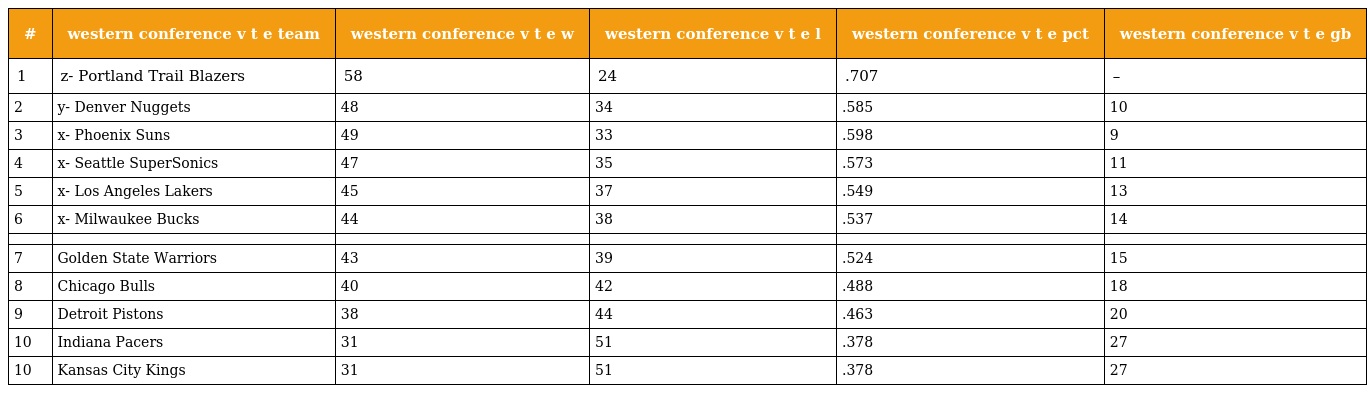
| # | western conference v t e team | western conference v t e w | western conference v t e l | western conference v t e pct | western conference v t e gb |
 | --- | --- | --- | --- | --- | --- |
 | 1 | z- Portland Trail Blazers | 58 | 24 | .707 | – |
 | 2 | y- Denver Nuggets | 48 | 34 | .585 | 10 |
 | 3 | x- Phoenix Suns | 49 | 33 | .598 | 9 |
 | 4 | x- Seattle SuperSonics | 47 | 35 | .573 | 11 |
 | 5 | x- Los Angeles Lakers | 45 | 37 | .549 | 13 |
 | 6 | x- Milwaukee Bucks | 44 | 38 | .537 | 14 |
 |  |  |  |  |  |  |
 | 7 | Golden State Warriors | 43 | 39 | .524 | 15 |
 | 8 | Chicago Bulls | 40 | 42 | .488 | 18 |
 | 9 | Detroit Pistons | 38 | 44 | .463 | 20 |
 | 10 | Indiana Pacers | 31 | 51 | .378 | 27 |
 | 10 | Kansas City Kings | 31 | 51 | .378 | 27 |